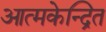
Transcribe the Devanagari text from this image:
आत्मकेन्द्रित